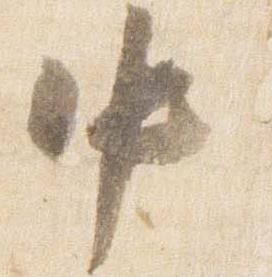
中